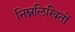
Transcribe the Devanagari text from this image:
निम्नलिखितों